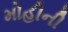
મોહીની